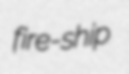
fire-ship